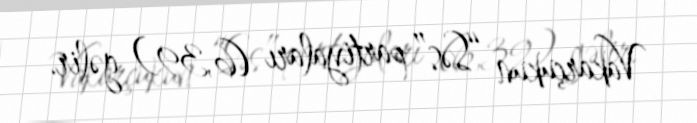
Vakarçukun “Səs” partiyaları (6,39) gəlir.